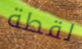
لقطة